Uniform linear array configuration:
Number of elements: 64
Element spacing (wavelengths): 0.75
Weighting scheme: hamming
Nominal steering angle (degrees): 45
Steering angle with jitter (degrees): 45.239
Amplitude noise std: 0.05
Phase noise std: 0.05

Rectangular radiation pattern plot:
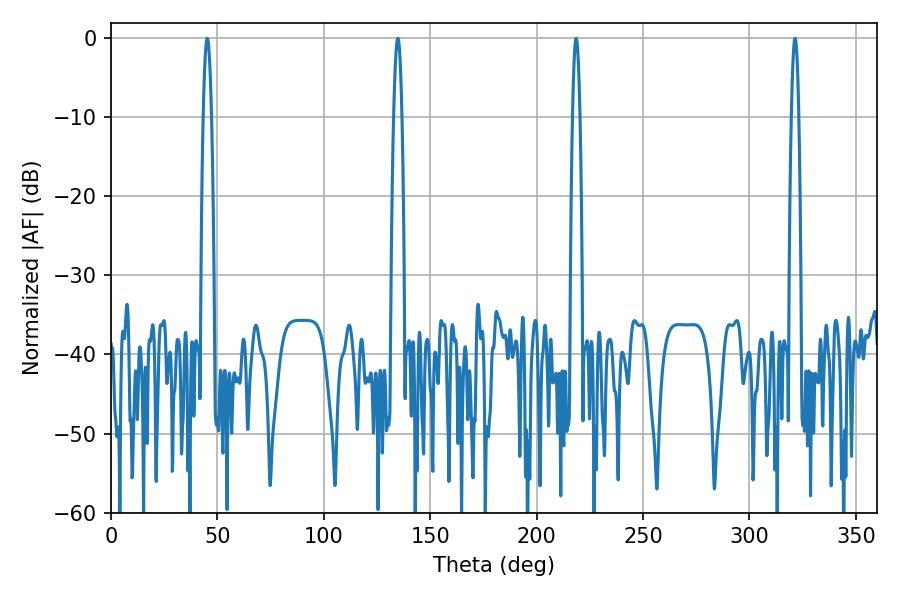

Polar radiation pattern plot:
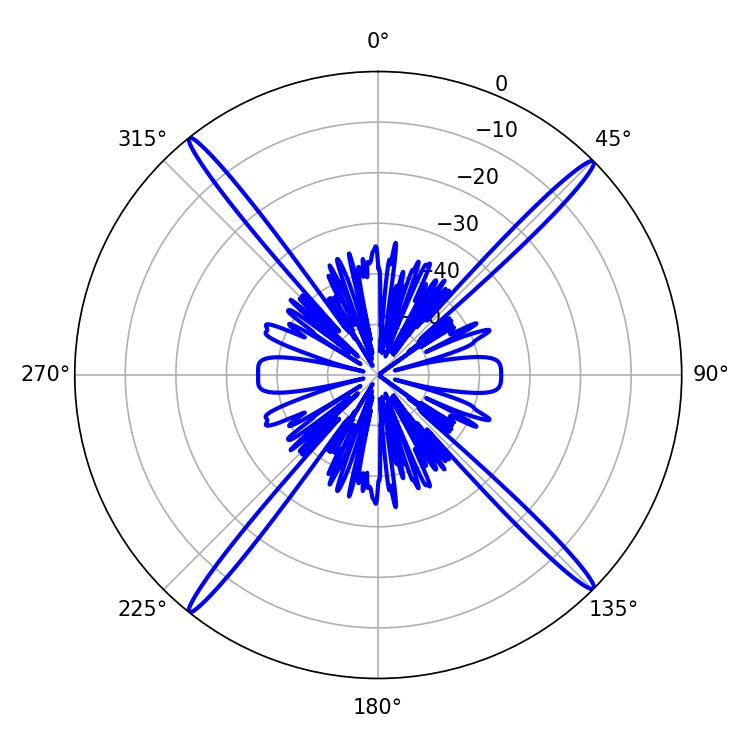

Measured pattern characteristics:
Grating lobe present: TRUE
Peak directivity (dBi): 22.167
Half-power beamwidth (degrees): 1.98
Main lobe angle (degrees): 45.18